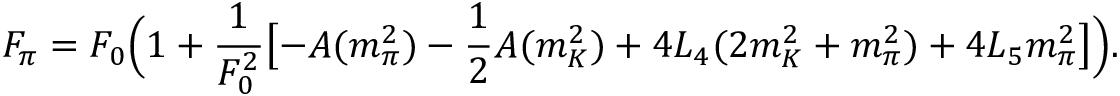
F _ { \pi } = F _ { 0 } \Bigl ( 1 + \frac { 1 } { F _ { 0 } ^ { 2 } } \bigl [ - A ( m _ { \pi } ^ { 2 } ) - \frac { 1 } { 2 } A ( m _ { K } ^ { 2 } ) + 4 L _ { 4 } ( 2 m _ { K } ^ { 2 } + m _ { \pi } ^ { 2 } ) + 4 L _ { 5 } m _ { \pi } ^ { 2 } \bigr ] \Bigr ) .